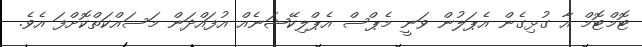
ޓޮމްޓޮމް އާ ގުޅިގެން އެޕަލުން ވަނީ މެޕްސް އެޕްލިކޭޝަނެއް އުފައްދަން މަސައްކަތްކޮށްފަ އެވެ.